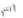
أنني